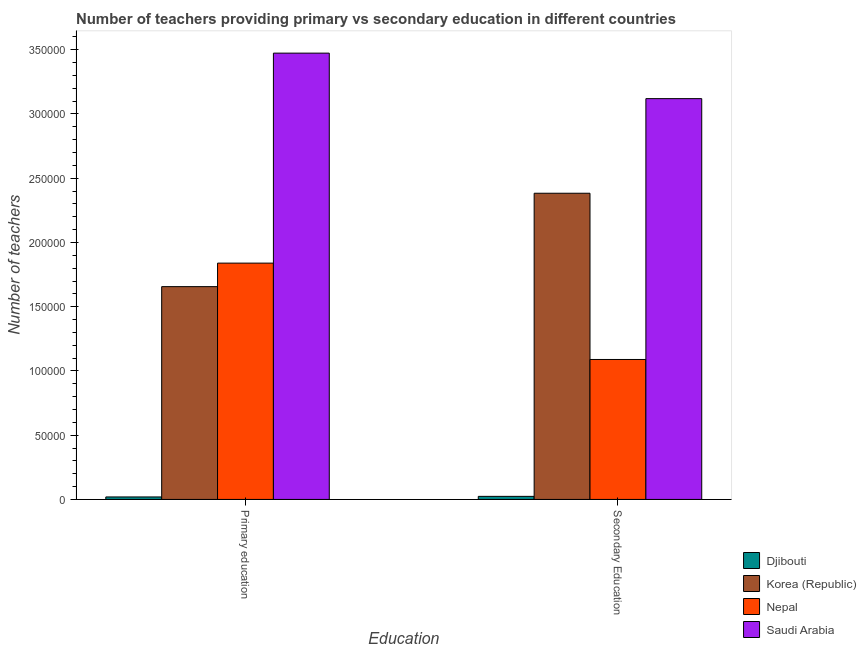
| Education | Djibouti | Korea (Republic) | Nepal | Saudi Arabia |
 | --- | --- | --- | --- | --- |
 | Primary education | 1.94e+03 | 1.66e+05 | 1.84e+05 | 3.47e+05 |
 | Secondary Education | 2.39e+03 | 2.38e+05 | 1.09e+05 | 3.12e+05 |